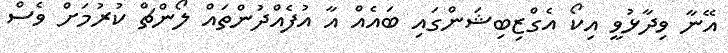
އޭނާ ވިދާޅުވީ އިކޯ އެގްޒިބިޝަންގައި ބައެއް އާ އުފެއްދުންތައް ލޯންޗް ކުރުމަށް ވެސް